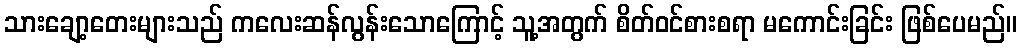
သားချော့တေးများသည် ကလေးဆန်လွန်းသောကြောင့် သူ့အတွက် စိတ်ဝင်စားစရာ မကောင်းခြင်း ဖြစ်ပေမည်။